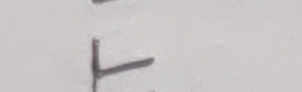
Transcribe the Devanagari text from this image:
त